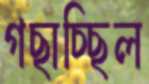
গছাচ্ছিল